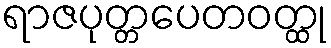
ရာဇပုတ္တပေတဝတ္ထု